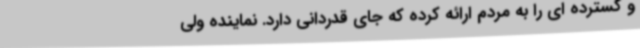
و گسترده ای را به مردم ارائه کرده که جای قدردانی دارد. نماینده ولی